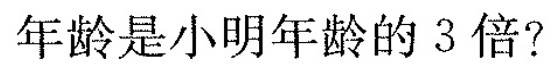
年龄是小明年龄的3倍？